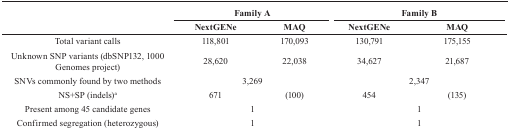
| <ROWSPAN=2>  | <COLSPAN=2> Family A | <COLSPAN=2> Family B |
 | NextGENe | MAQ | NextGENe | MAQ |
 | --- | --- | --- | --- | --- |
 | Total variant calls | 118,801 | 170,093 | 130,791 | 175,155 |
 | Unknown SNP variants (dbSNP132, 1000 Genomes project) | 28,620 | 22,038 | 34,627 | 21,687 |
 | SNVs commonly found by two methods | <COLSPAN=2> 3,269 | <COLSPAN=2> 2,347 |
 | NS+SP (indels)a | 671 | (100) | 454 | (135) |
 | Present among 45 candidate genes | <COLSPAN=2> 1 | <COLSPAN=2> 1 |
 | Confirmed segregation (heterozygous) | <COLSPAN=2> 1 | <COLSPAN=2> 1 |